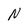
Character: N